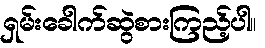
ရှမ်းခေါက်ဆွဲစားကြည့်ပါ။